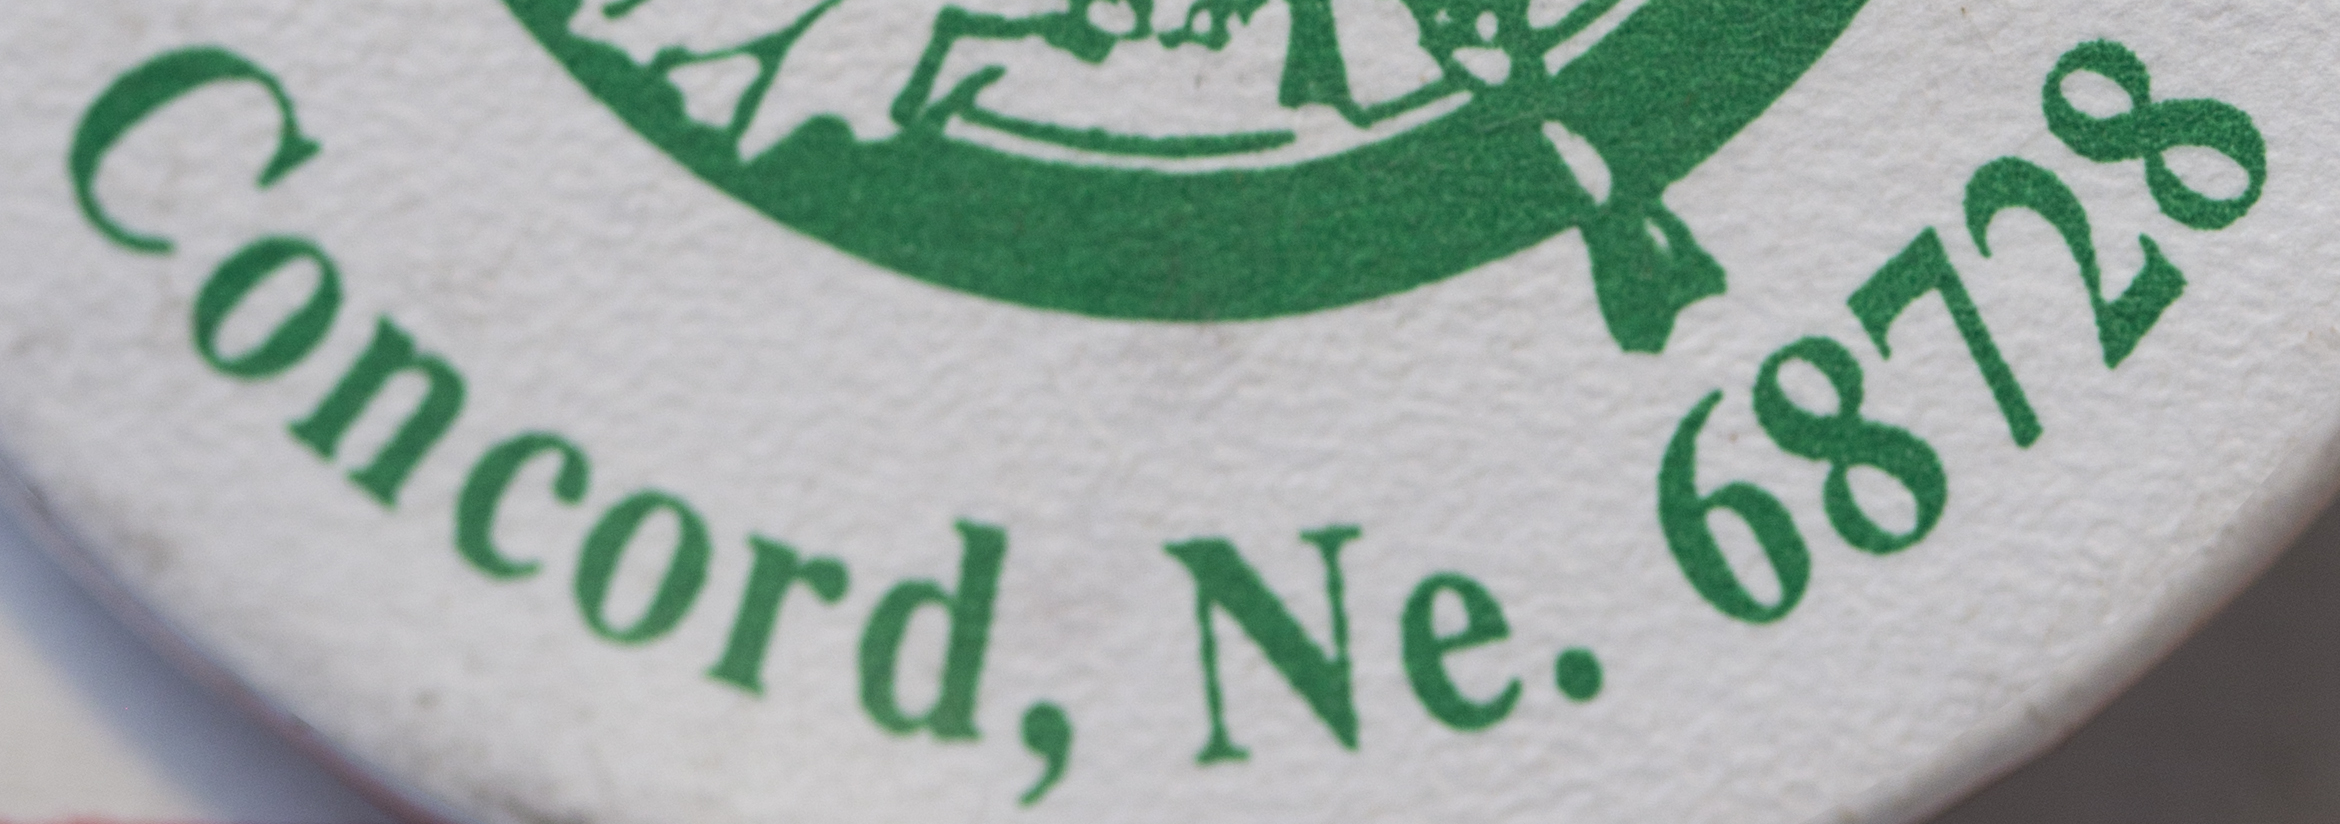
Concord, Ne. 68728